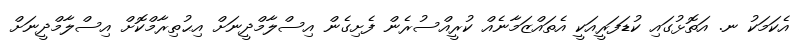
އެކަމަކު ނ. އަތޮޅުގައި ކުޑަފަރީއަކީ އެތައްޒަމާނެއް ކުރީއްސުރެން ފެށިގެން އިސްލާމްދީނަށް އިޙުތިރާމްކޮށް އިސްލާމްދީނަށް